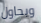
ويحاول